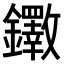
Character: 𫓡